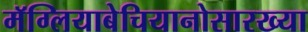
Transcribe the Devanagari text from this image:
मॅग्लियाबेचियानोसारख्या